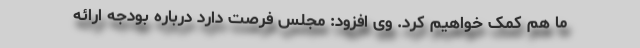
ما هم کمک خواهیم کرد. وی افزود: مجلس فرصت دارد درباره بودجه ارائه